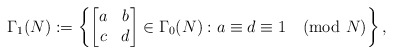
\begin{align*}\Gamma_{1}(N) & :=\left\{\begin{bmatrix}a & b \\c & d \end{bmatrix} \in \Gamma_0(N) : a\equiv d\equiv 1\pmod N \right\},\end{align*}